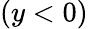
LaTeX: (y<0)